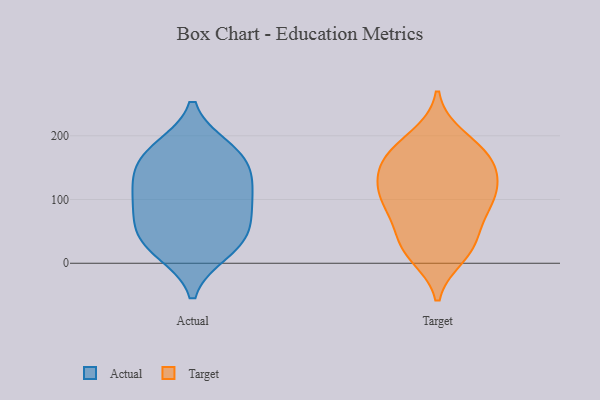
{"axis": {"x": "Population (Million)", "y": "Value"}, "legend": ["Actual", "Target"], "data": [{"x": "", "y": 166, "type": "Actual"}, {"x": "", "y": 109, "type": "Actual"}, {"x": "", "y": 87, "type": "Actual"}, {"x": "", "y": 26, "type": "Actual"}, {"x": "", "y": 179, "type": "Actual"}, {"x": "", "y": 19, "type": "Actual"}, {"x": "", "y": 44, "type": "Actual"}, {"x": "", "y": 85, "type": "Actual"}, {"x": "", "y": 50, "type": "Actual"}, {"x": "", "y": 172, "type": "Actual"}, {"x": "", "y": 139, "type": "Actual"}, {"x": "", "y": 126, "type": "Actual"}, {"x": "", "y": 115, "type": "Target"}, {"x": "", "y": 161, "type": "Target"}, {"x": "", "y": 12, "type": "Target"}, {"x": "", "y": 156, "type": "Target"}, {"x": "", "y": 106, "type": "Target"}, {"x": "", "y": 199, "type": "Target"}, {"x": "", "y": 19, "type": "Target"}, {"x": "", "y": 110, "type": "Target"}, {"x": "", "y": 98, "type": "Target"}, {"x": "", "y": 77, "type": "Target"}, {"x": "", "y": 189, "type": "Target"}, {"x": "", "y": 28, "type": "Target"}, {"x": "", "y": 168, "type": "Target"}, {"x": "", "y": 33, "type": "Target"}, {"x": "", "y": 153, "type": "Target"}, {"x": "", "y": 148, "type": "Target"}, {"x": "", "y": 104, "type": "Target"}, {"x": "", "y": 63, "type": "Target"}]}